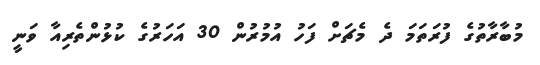
މުބާރާތުގެ ފުރަތަމަ ދެ މެޗަށް ފަހު އުމުރުން 30 އަހަރުގެ ކުޅުންތެރިއާ ވަނީ